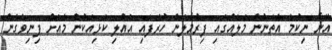
އޭނާ ނިކުމެ އެތަނުން މަލެއްގައި ފިރުމާލަން ހުރެފައި އެއްލި ކަޅިއަކުން މެއަށް ފިނިވެގެން